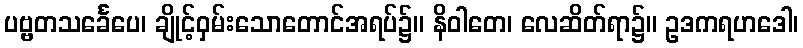
ပဗ္ဗတသင်္ခေပေ၊ ချိုင့်ဝှမ်းသောတောင်အရပ်၌။ နိဝါတေ၊ လေဆိတ်ရာ၌။ ဥဒကရဟဒေါ၊